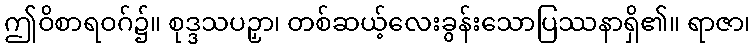
ဤဝိစာရဝဂ်၌။ စုဒ္ဒသပဉှာ၊ တစ်ဆယ့်လေးခွန်းသောပြဿနာရှိ၏။ ရာဇာ၊